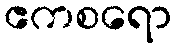
ဧကစရော